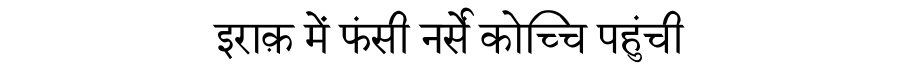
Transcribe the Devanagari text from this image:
इराक़ में फंसी नर्सें कोच्चि पहुंची